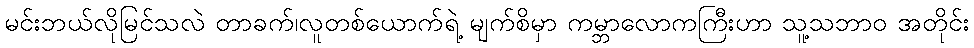
မင်းဘယ်လိုမြင်သလဲ တာခက်၊လူတစ်ယောက်ရဲ့ မျက်စိမှာ ကမ္ဘာလောကကြီးဟာ သူ့သဘာဝ အတိုင်း